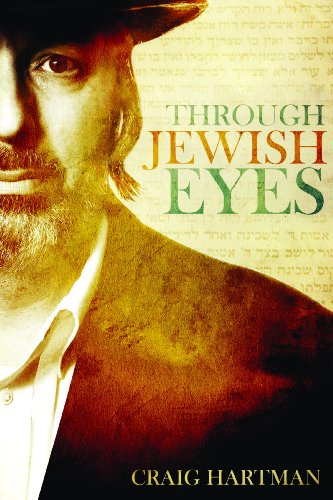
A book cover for Through Jewish Eyes; Craig Hartman; Christian Books & Bibles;